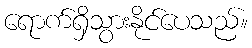
ရောက်ရှိသွားနိုင်ပေသည်။